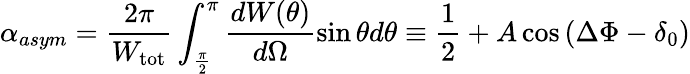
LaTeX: \alpha_{asym}=\frac{2\pi}{W_{\mathrm{tot}}}\int_{\frac{\pi}{2}}^{\pi}\frac{dW(\theta)}{d\Omega}\sin\theta d\theta\equiv\frac{1}{2}+A\cos{(\Delta\Phi-\delta_{0})}